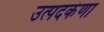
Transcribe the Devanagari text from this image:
उत्पदकंणा